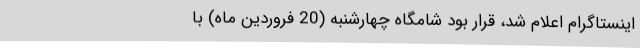
اینستاگرام اعلام شد، قرار بود شامگاه چهارشنبه (20 فروردین ماه) با